Elephants and their diseases
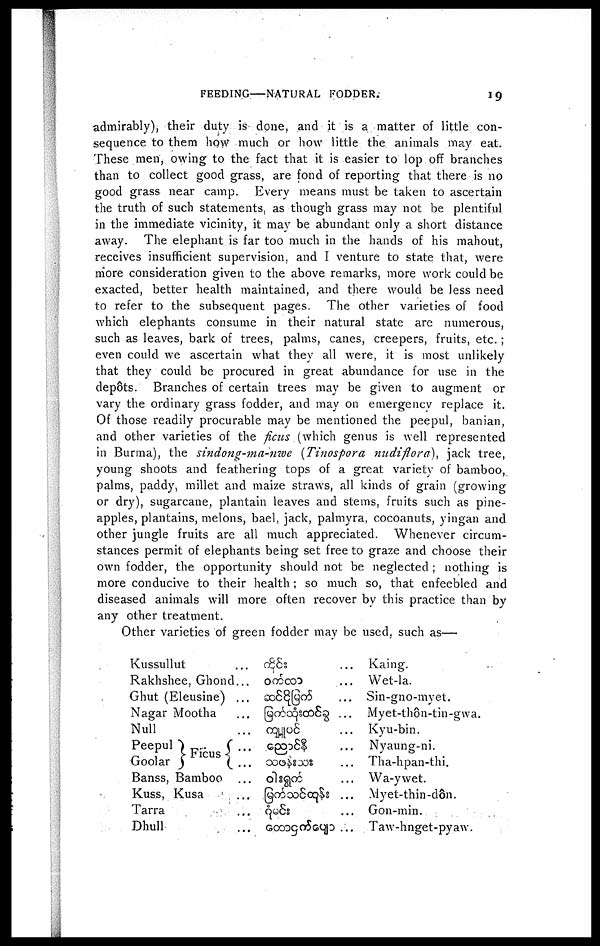
FEEDING—NATURAL FODDER.
19
admirably), their duty is done, and it is a matter of little con-
sequence to them how much or how little the animals may eat.
These men, owing to the fact that it is easier to lop off branches
than to collect good grass, are fond of reporting that there is no
good grass near camp. Every means must be taken to ascertain
the truth of such statements, as though grass may not be plentiful
in the immediate vicinity, it may be abundant only a short distance
away. The elephant is far too much in the hands of his mahout,
receives insufficient supervision, and I venture to state that, were
more consideration given to the above remarks, more work could be
exacted, better health maintained, and there would be less need
to refer to the subsequent pages. The other varieties of food
which elephants consume in their natural state are numerous,
such as leaves, bark of trees, palms, canes, creepers, fruits, etc. ;
even could we ascertain what they all were, it is most unlikely
that they could be procured in great abundance for use in the
depots. Branches of certain trees may be given to augment or
vary the ordinary grass fodder, and may on emergency replace it.
Of those readily procurable may be mentioned the peepul, banian,
and other varieties of the fiats (which genus is well represented
in Burma), the sindong-ma-nwe (Tinospora nudiflora), jack tree,
young shoots and feathering tops of a great variety of bamboo,
palms, paddy, millet and maize straws, all kinds of grain (growing
or dry), sugarcane, plantain leaves and stems, fruits such as pine-
apples, plantains, melons, bael, jack, palmyra, cocoanuts, yingan and
other jungle fruits are all much appreciated. Whenever circum-
stances permit of elephants being set free to graze and choose their
own fodder, the opportunity should not be neglected ; nothing is
more conducive to their health; so much so, that enfeebled and
diseased animals will more often recover by this practice than by
any other treatment.
Other varieties of green fodder may be used, such as—
Kussullut
Rakhshee, Ghond ...
Ghut (Eleusine) ...
Nagar Mootha
Null
Peepul
Goolar
Flcus
Banss, Bamboo
Kuss, Kusa
Tarra
Dhull
Kaing.
Wet-la.
Sin-gno-myet.
Myet-thôn-tin-gwa.
Kyu-bin.
Nyaung-ni.
Tha-hpan-thi.
Wa-ywet.
Myet-thin-dôn.
Gon-min.
Taw-hnget-pyaw.